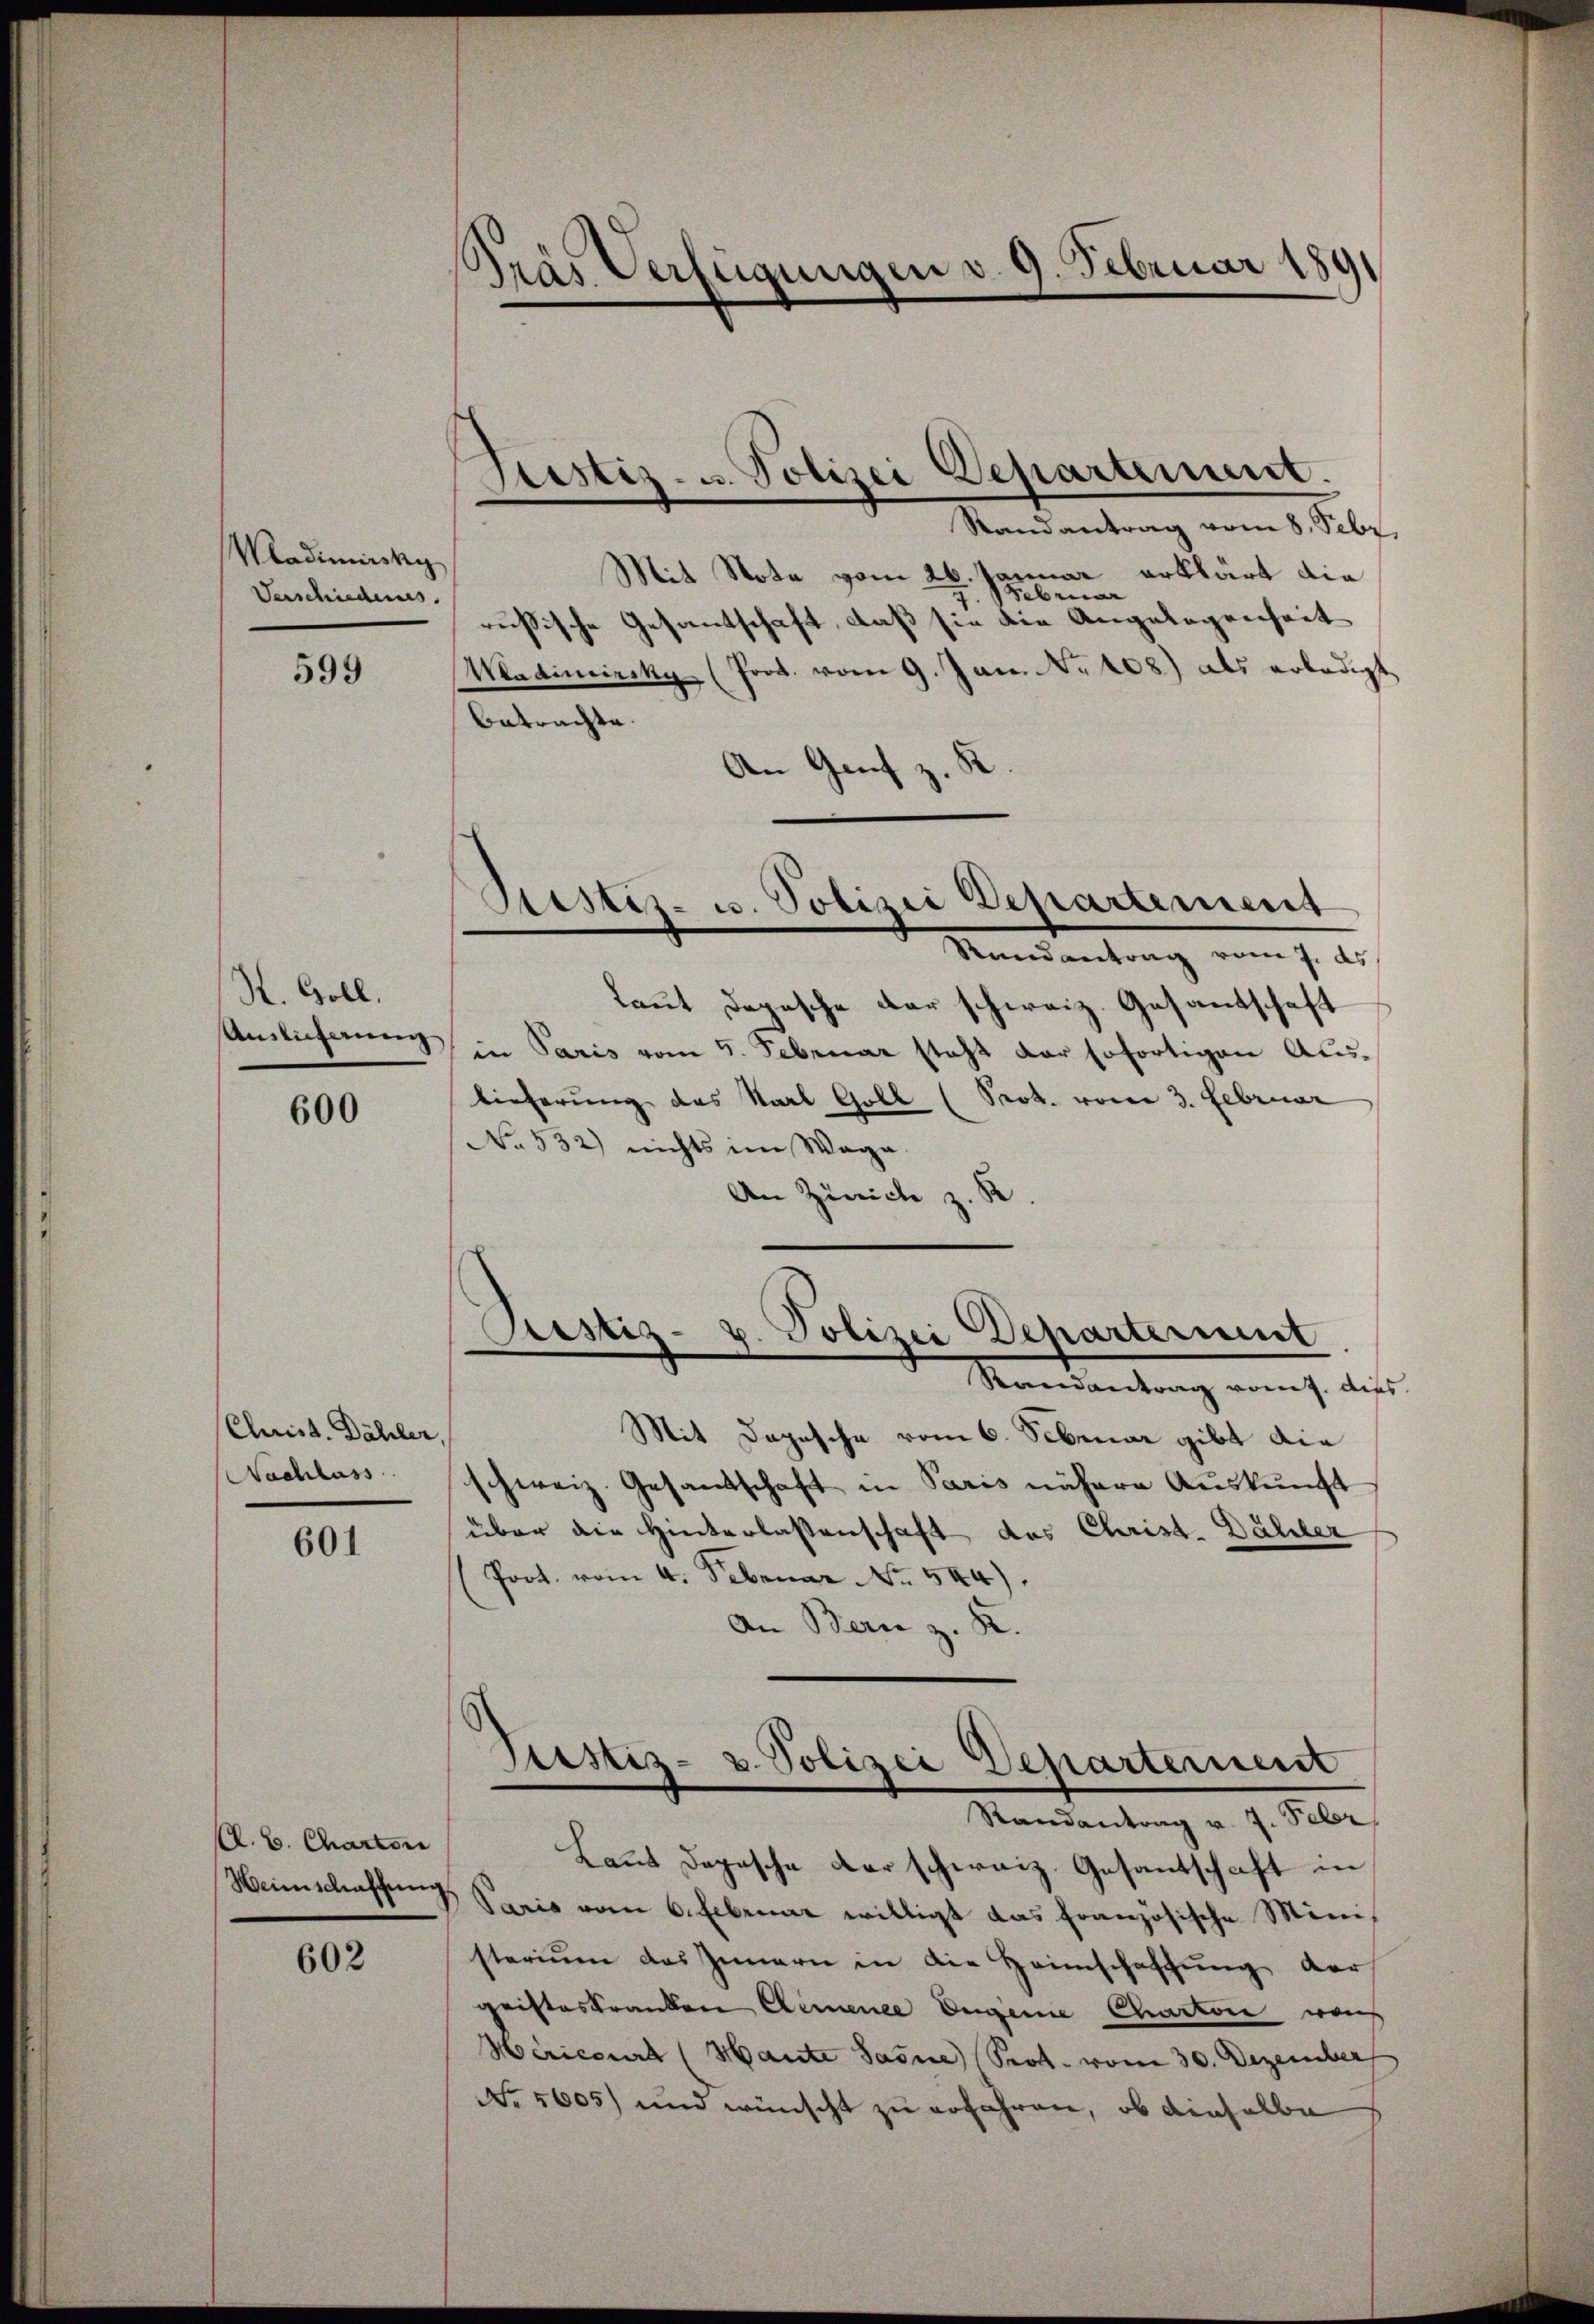
Wladiminsky
Verschiederus.

599

S. Goll.
Anslicherung

600

Quist. Dähler
Nachlass

601

A. B. Charter
Heimschaffung

602

d
Gras Verfügungen v. 9. Februar 1891

Justiz- u. Polizei Departement.
n

Randantrag vom 8. Febr.
Mit Nota vom 26. Januar erklärt die
geben
russische Gesantschaft, daß sie die Angelegenheit
hort vom 9. Jan. No 108) als erledigt
Wedimierun
betrachte.
An Genf z.
Laut Depesche der schweiz. Gesandtschaft
in Paris vom 5. Februar steht der sofortigen Aus-
lieferung des Karl Goll (Prok. vom 3. Februar
No. 532) nichts im Waga.
An Zürich z. R.
Pustiz- u. Polizei Departerient
e
Randantrag vom 7. dies
Mit Dagesche vom 6. Februar gibt die
schweiz. Gesandtschaft in Paris nähere Auskunft
über die Hinterlassenschaft des Christ. Dähler
Poot. vom 4. Februar No. 544).
An Bern z. K.
Justiz- u. Polizei Departement
Randantrag v. 7. Febr
Laut Depesche der schweiz. Gesantschaft in
Paris vom 6. Februar willigt das französische Ministerium das Innern in die Heimschaffung der
gristeskranken Elemence Eigene Charton was
Héricourt (Haute Sasne (Prot. vom 30. Dezember
No. 5605) und wünscht zu erfahren, ob dieselbe

Sistiz- u. Polizei Departement
Randantrag vom 7. ds.